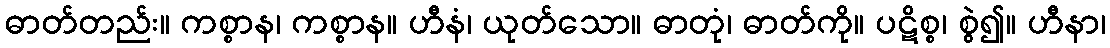
ဓာတ်တည်း။ ကစ္စာန၊ ကစ္စာန။ ဟီနံ၊ ယုတ်သော။ ဓာတုံ၊ ဓာတ်ကို။ ပဋိစ္စ၊ စွဲ၍။ ဟီနာ၊